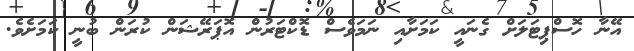
އޭނާ ހޮސްޕިޓަލަށް ގެނައީ ކަމަށާއި ނަމަވެސް ޑޮކްޓަރުން އޮޕަރޭޝަން ކުރަން ބުނީ ކަމަށެވެ.